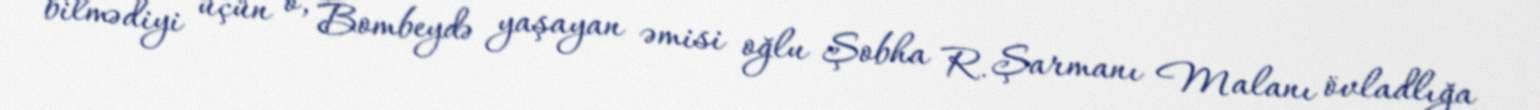
bilmədiyi üçün o, Bombeydə yaşayan əmisi oğlu Şobha R. Şarmanı Malanı övladlığa